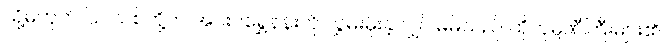
သို့မဟုတ် ပြင်သစ်တို့က အင်းဝရွှေနန်းကို လွှမ်းမိုးခဲ့လျှင် မိမိသည် ထိုကုမ္ပဏီကြီးများ၏